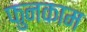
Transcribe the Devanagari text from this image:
फुनकाम